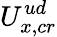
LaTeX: U_{x,cr}^{ud}